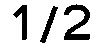
1/2